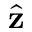
\hat { \bf z }